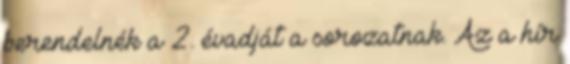
berendelnék a 2. évadját a sorozatnak. Az a hír